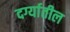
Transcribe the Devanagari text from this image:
दर्ग्यातील